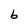
Character: b